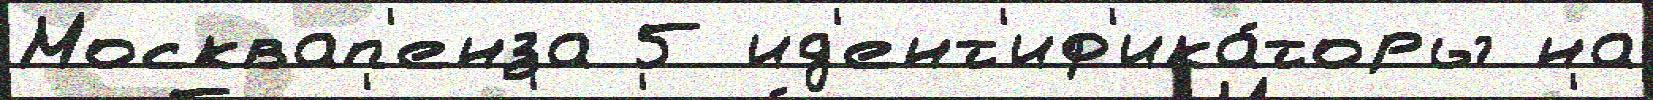
Москвап'енза 5 ид'ент'иф'ика́торы на